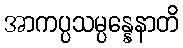
အာကပ္ပသမ္ပန္နေနာတိ